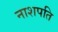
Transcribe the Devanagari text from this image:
नाशपति